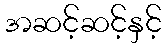
အဆင့်ဆင့်နှင့်